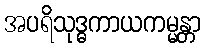
အပရိသုဒ္ဓကာယကမ္မန္တာ